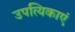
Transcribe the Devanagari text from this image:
उपत्यिकाएं